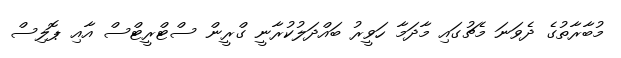
މުބާރާތުގެ ދެވަނަ މެޗުގައި މާދަމާ ހަވީރު ބައްދަލުކުރާނީ ގްރީން ސްޓްރީޓްސް އާއި ޕޮލިސް